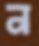
ন